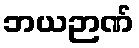
ဘယဉာဏ်